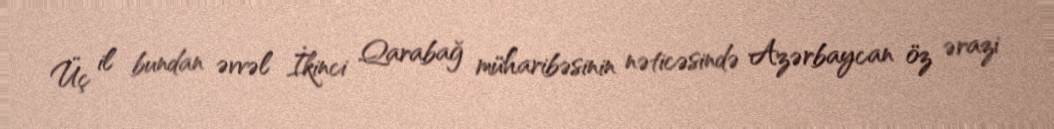
Üç il bundan əvvəl İkinci Qarabağ müharibəsinin nəticəsində Azərbaycan öz ərazi